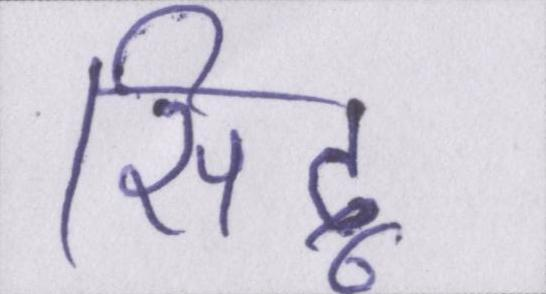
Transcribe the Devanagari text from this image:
सिद्व